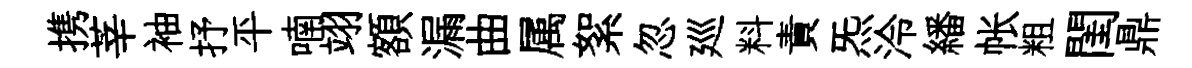
携莘袖抒平喃翊額漏曲属絮忽廵料責炁泠繙帐粗閨鼎